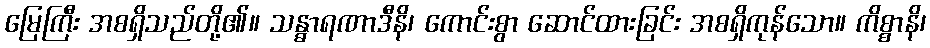
မြေကြီး အစရှိသည်တို့၏။ သန္ဓာရဏာဒီနိ၊ ကောင်းစွာ ဆောင်ထားခြင်း အစရှိကုန်သော။ ကိစ္စာနိ၊